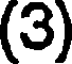
(3)